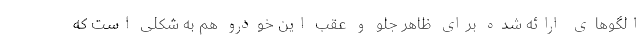
الگوهای ارائه شده برای ظاهر جلو و عقب این خودرو هم به شکلی است که